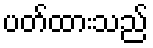
ပတ်ထားသည်